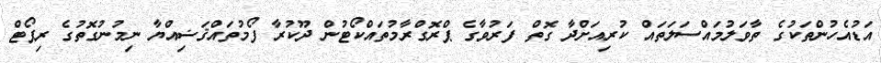
އަޑުއެހުންތަކުގެ ތާވަލުމައްސަލަތައް ކުރިއަށްދާ ގޮތް ފަރުވާގެ ޕްރޮގްރާމުތައްކޯޓުން ދޫކުރާ ފޯމުތައްޤަޟިއްޔާ ނިމުނުގޮތުގެ ރިޕޯޓް